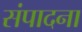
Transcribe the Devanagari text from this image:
संपादना